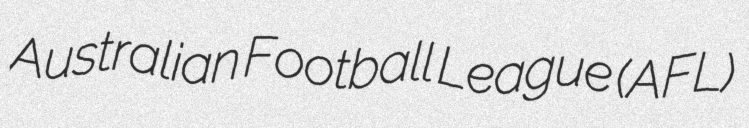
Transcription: Australian Football League (AFL)